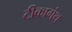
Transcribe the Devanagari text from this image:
टीकागंथ